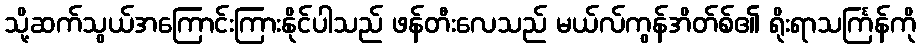
သို့ဆက်သွယ်အကြောင်းကြားနိုင်ပါသည် ဖန်တီးလေသည် မယ်လ်ကွန်အိတ်စ်၏ ရိုးရာသင်္ကြန်ကို